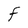
Character: F